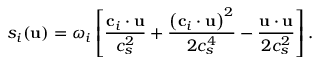
s _ { i } ( \mathbf { u } ) = \omega _ { i } \left[ \frac { \mathbf { c } _ { i } \cdot \mathbf { u } } { c _ { s } ^ { 2 } } + \frac { \left( \mathbf { c } _ { i } \cdot \mathbf { u } \right) ^ { 2 } } { 2 c _ { s } ^ { 4 } } - \frac { \mathbf { u } \cdot \mathbf { u } } { 2 c _ { s } ^ { 2 } } \right] .